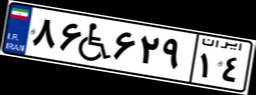
۰۶W۰۳۵۲۴